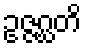
ဥဇ္ဇဂ္ဃတိ